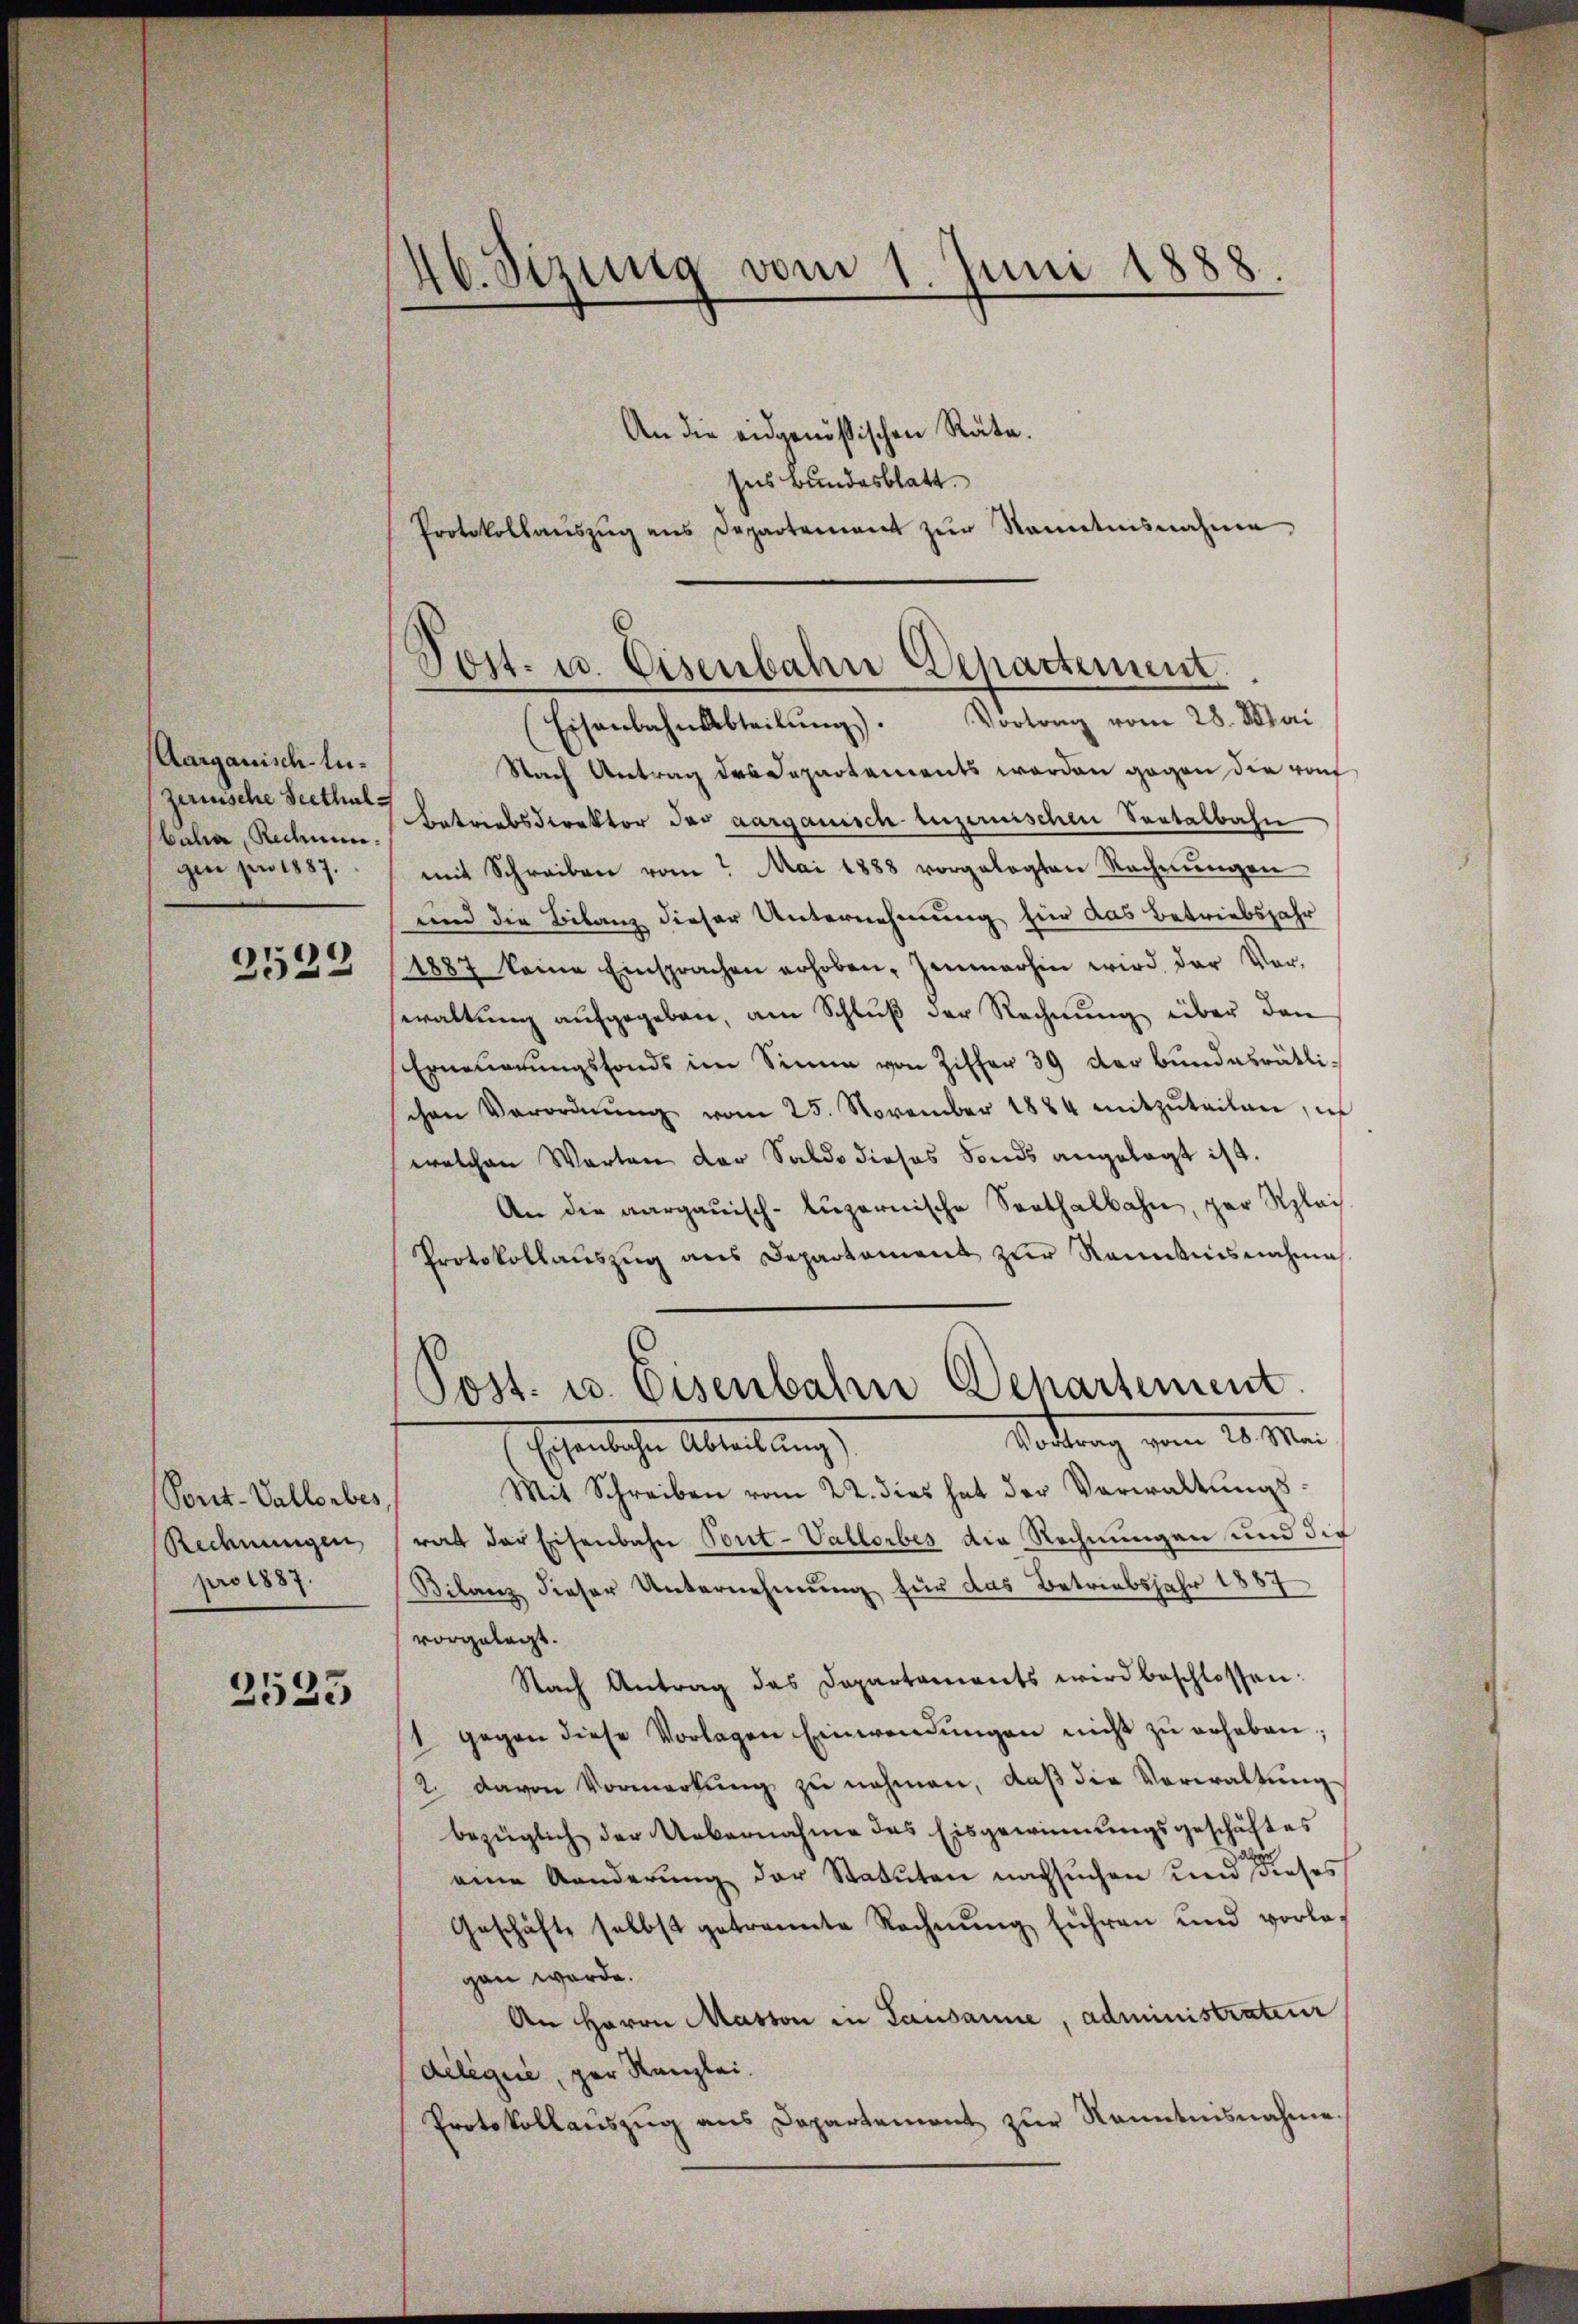
Aargauisch-luzernische Seethalbala, Rednen.
gen pro 1887.

3522

Pont-Vallorbes,
Rechnungen
pro 1887.

2525

46. Sizung vom 1. Juni 1888.

An die eidgenößischen Räte.
ses Bundesblatt.
Protokollaŭszŭg ans Departement zŭr Kenntnisnahme,

Post- u. Eisenbahn Departement.

(Eisenbahn Abteilŭng. Vortrag vom 28. Mai
Nach Antrag des Departements worden gegen die rauf
Betriebsdirektor der aargauisch tuzernischen Seetalbahn
mit Schreiben vom Mai 1888 vorgelegten Rechnŭngen
und die Bilanz dieser Unternehmung für das Betriebsjahr
1887 keine Einsprachen erhoben, Zeumerhin wird der Vor-
waltung aufgegeben, am Schluß der Rechnung über den
Erneuerungsfonds im Sinne von Ziffer 39 der Bundesrätlischen Verordnŭng vom 25. November 1884 mitzŭteilen, ich
welchen Worten der Saldo dieses Fonds angelegt ist.
An die aargauisch-luzernische Senthalbahn, par plai
Protokollaŭszŭg ans Departament zŭr Ranntnisnahme
Tödtung vom 20. Ma
Escheinlichen Abteilung
Mit Schreiben vom 22. dies hat der Verwaltungsrat der Eisenbahn Tout-Vallorbes die Rechnungen und die
Bilanz dieser Unternehmung für das Betriebsjahr 1887
vorgelegt.
Nach Antrag des Departaments wird beschlossen:
1 gegen diese Vorlagen Einwendŭngen nicht zŭ erheben;
2. davon Vormerkŭng zŭ nehmen, daß die Verwaltung
bezüglich der Uebernahme das Eisgewinnungsgeschäftes
eine Aenderŭng der Statuten nachsuchen und dieses
Geschäft selbst getrannte Rechnŭng führen und vorlagan werde.
An Herrn Maston in Lausanne, administrateur
déléguie, zur Kanzlei.
Protokollauszug aus Departement zur Kenntnisnahme.

Post. u. Eisenbahn Departement